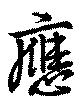
應